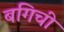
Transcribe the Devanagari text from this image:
बगिची